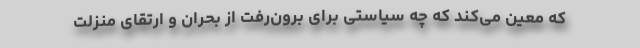
که معین می‌کند که چه سیاستی برای برون‌رفت از بحران و ارتقای منزلت